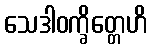
သေဒါဝက္ခိတ္တေဟိ